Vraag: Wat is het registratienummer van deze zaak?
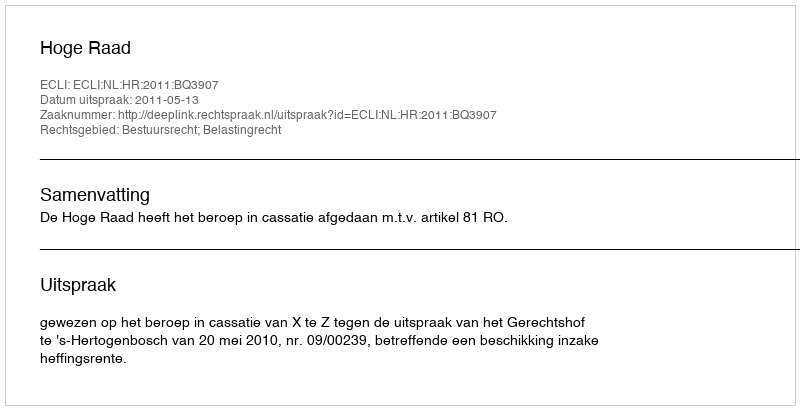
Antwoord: http://deeplink.rechtspraak.nl/uitspraak?id=ECLI:NL:HR:2011:BQ3907